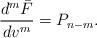
LaTeX: \begin{align*} \frac{d^m\bar{F}}{dv^m}=P_{n-m}.\end{align*}